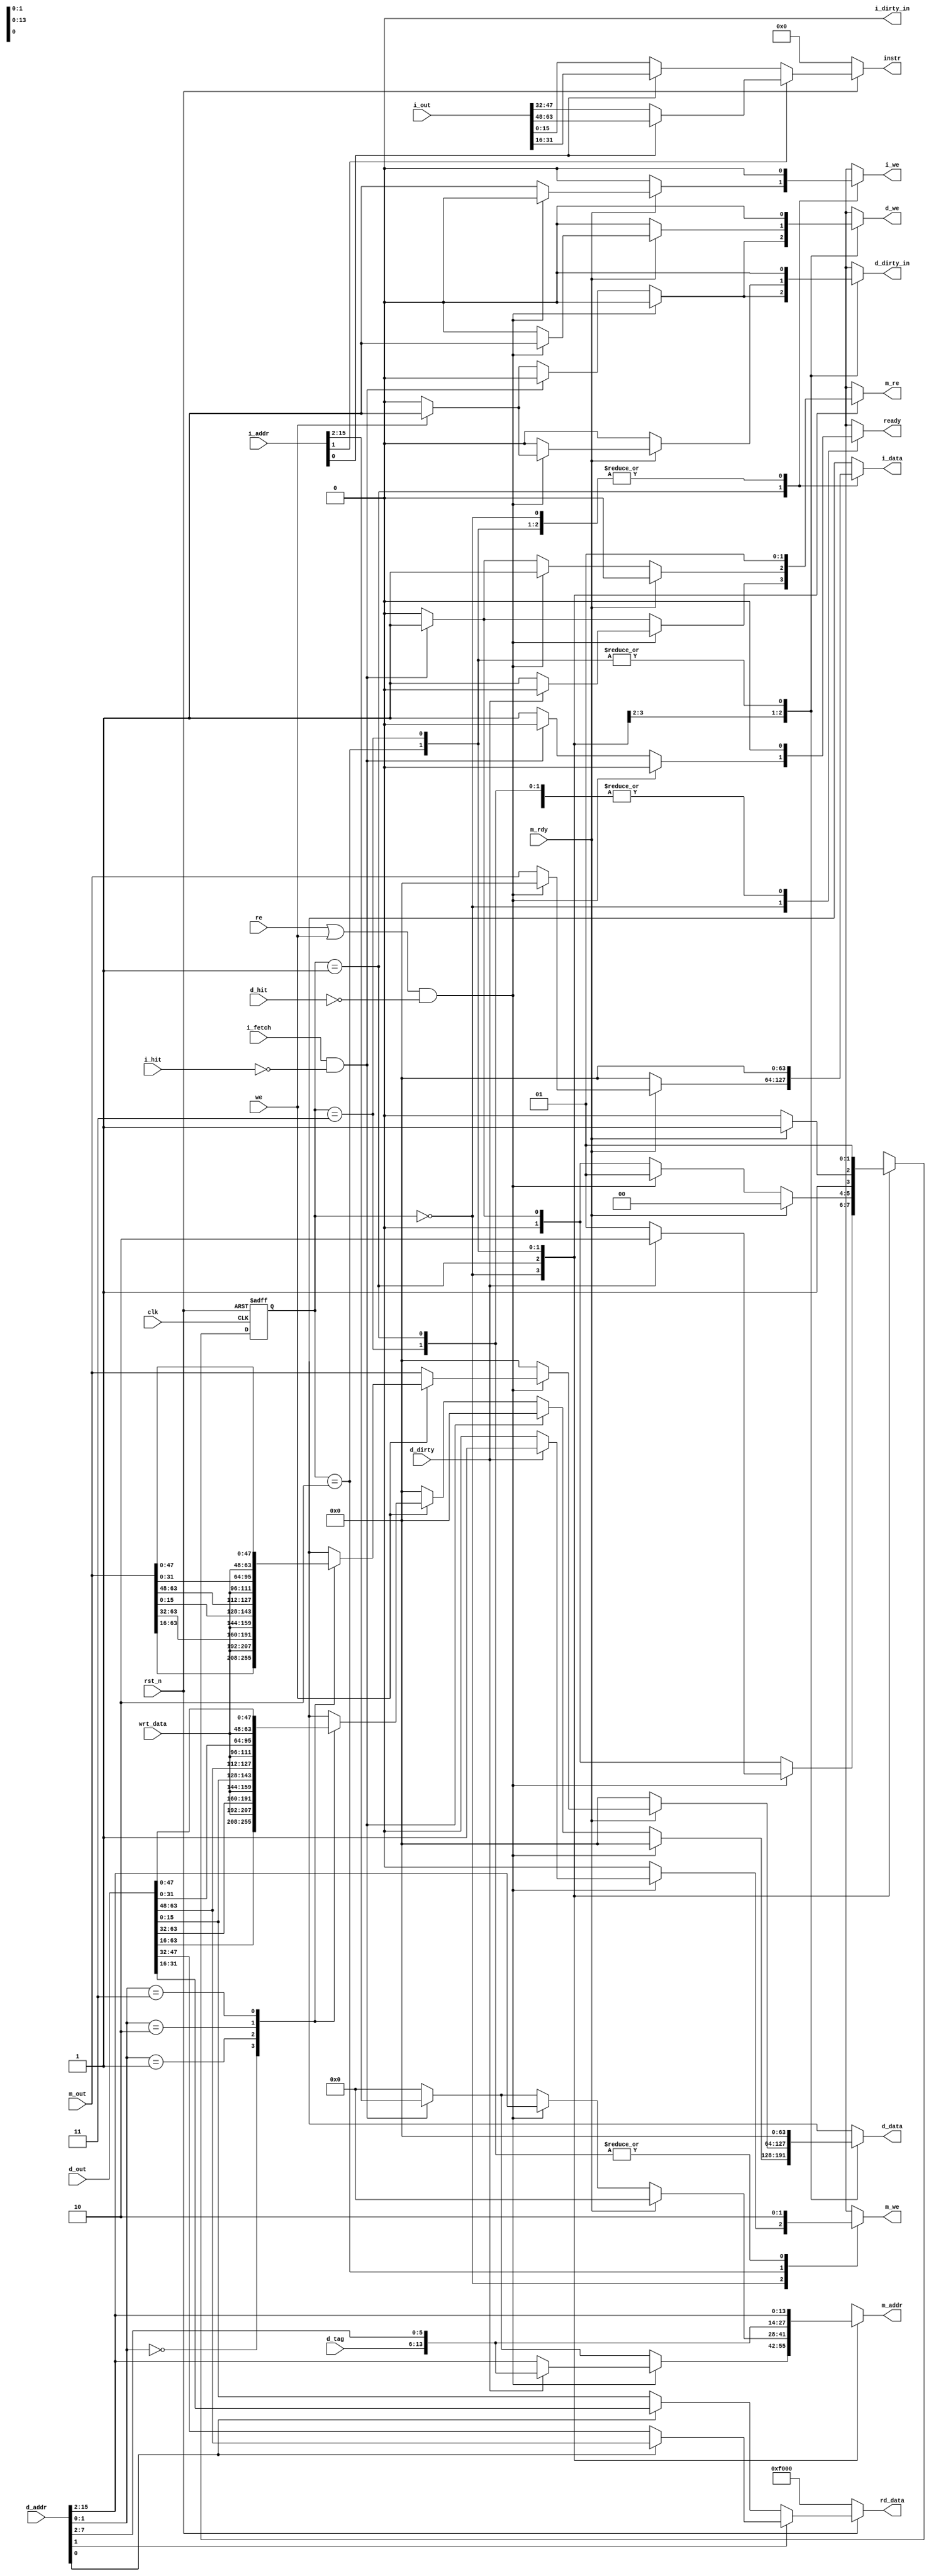
module cache_control(
	clk, rst_n, re, we, i_fetch, wrt_data, ready, instr, rd_data,
	i_hit, d_hit, d_dirty, m_rdy, d_tag, i_addr, d_addr, i_out,
	d_out, m_out, m_re, i_we, d_we,	m_we, i_dirty_in, d_dirty_in, 	
	m_addr, i_data,	d_data
);

//** I/O **//
input clk, rst_n, re, we, i_fetch, i_hit, d_hit, d_dirty, m_rdy;
input [7:0] d_tag;
input [15:0] i_addr, d_addr, wrt_data;
input [63:0] i_out, d_out, m_out;

output i_dirty_in;
output reg m_re, i_we, d_we, m_we, d_dirty_in, ready;
output [15:0] instr, rd_data;
output reg [13:0] m_addr;
output reg [63:0] i_data, d_data;

//** PARAMETERS **//
localparam CACHE_READ		= 2'b00;
localparam MEM_READ		= 2'b01;
localparam WRITE_BACK		= 2'b10;
localparam READ_AFTER_WRITE	= 2'b11;

localparam INSTRUCTION_START 	= 16'h0000;
localparam DATA_START		= 16'hF000;

localparam ENABLE		= 1'b1;
localparam DISABLE		= 1'b0;

//** REGISTERS **//
reg [1:0] state, nextState; 

//** CONTINUOUS ASSIGNS **//
assign i_dirty_in 	= DISABLE; // Will never set dirty

assign instr = ~rst_n ? INSTRUCTION_START : (
	i_addr[1] ? (
		i_addr[0] ? i_out[63:48] : i_out[47:32]
	) : (
		i_addr[0] ? i_out[31:16] : i_out[15:0]
	)
);

assign rd_data = ~rst_n ? DATA_START : (
	d_addr[1] ? (
		d_addr[0] ? d_out[63:48] : d_out[47:32]
	) : (
		d_addr[0] ? d_out[31:16] : d_out[15:0]
	)		
);

//** FSM CONTROLLER **//
always @(posedge clk or negedge rst_n) begin
	if (~rst_n) begin
		state <= CACHE_READ;
	end else begin
		state <= nextState;
	end
end

//** FSM LOGIC **//
always @(*) begin

	// Avoid inferring latches
	i_we 		= DISABLE;
	i_data 		= 0;

	d_we 		= DISABLE;
	d_dirty_in 	= DISABLE;
	d_data 		= 0;

	m_we		= DISABLE;
	m_re 		= DISABLE;
	m_addr 		= 0;

	ready 		= DISABLE;

	nextState 	= CACHE_READ;

	case (state)
		// Default State
		// Checking for cache misses and handling as necessary
		//
		CACHE_READ : begin
			// If we were trying to read/write data and missed
			if ((re | we) & ~d_hit) begin
				// Write miss (Write Back Policy)
				if (d_dirty) begin
					m_addr 	= {d_tag, d_addr[7:2]};
					m_we 	= ENABLE;
					
					nextState = WRITE_BACK;					
				end else begin
					m_addr 	= d_addr[15:2];
					m_re 	= ENABLE;

					nextState = MEM_READ;
				end

			// If we were trying to fetch an instruction and missed
			end else if (i_fetch & ~i_hit) begin
				m_addr	= i_addr[15:2];
				m_re 	= ENABLE;

				nextState = MEM_READ;

			// If there was no miss
			end else begin
				// Write hit
				if (we) begin
					d_data		= shift_in(d_out, wrt_data, d_addr[1:0]);
					d_dirty_in 	= ENABLE;
					d_we 		= ENABLE;
				end

				ready = ENABLE;
				nextState = CACHE_READ;
			end
		end
		
		// Memory State
		// Waiting for memory to return
		//
		MEM_READ : begin
			// Previous cycle complete
			if (m_rdy) begin
				// Dealing with data request
				if ((re | we) & ~d_hit) begin
					if (we) begin
						d_data		= shift_in(m_out, wrt_data, d_addr[1:0]);
						d_dirty_in 	= ENABLE;
						d_we 		= ENABLE;	
					end else begin
						d_data		= m_out;
						d_we		= ENABLE;
					end

				// Dealing with instruction request	
				end else begin
					i_data 	= m_out;
					i_we 	= ENABLE;
				end

				nextState = CACHE_READ;

			// If we are waiting for data
			end else if ((re | we) & ~d_hit) begin
				m_addr 	= d_addr[15:2];
				m_re 	= ENABLE;

				nextState = MEM_READ;

			// If we are waiting for instruction
			end else if (i_fetch & ~i_hit) begin
				m_addr	= i_addr[15:2];
				m_re 	= ENABLE;

				nextState = MEM_READ;

			// Should not get to this state
			end else begin
				nextState = CACHE_READ;
			end
		end

		// Write Back Policy
		//
		WRITE_BACK : begin
			m_addr 	= {d_tag, d_addr[7:2]};
			m_we 	= ENABLE;

			nextState = m_rdy ? READ_AFTER_WRITE : WRITE_BACK;
		end

		// Memory read after right back
		//
		READ_AFTER_WRITE : begin
			m_addr 	= d_addr[15:2];
			m_re 	= ENABLE;

			nextState = MEM_READ;
		end

		default : begin end
	endcase
end

function [63:0] shift_in;

input [63:0] data_line;
input [15:0] data_in;
input [1:0] shamt;

begin
	case (shamt)
		2'b00 : shift_in = {data_line[63:16], data_in};
		2'b01 : shift_in = {data_line[63:32], data_in, data_line[15:0]};
		2'b10 : shift_in = {data_line[63:48], data_in, data_line[31:0]};
		2'b11 : shift_in = {data_in, data_line[47:0]};
	endcase	
end

endfunction

endmodule